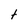
Character: t